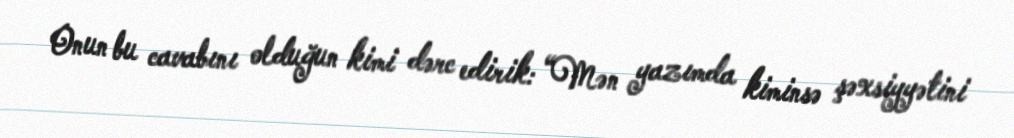
Onun bu cavabını olduğun kimi dərc edirik: “Mən yazımda kiminsə şəxsiyyətini